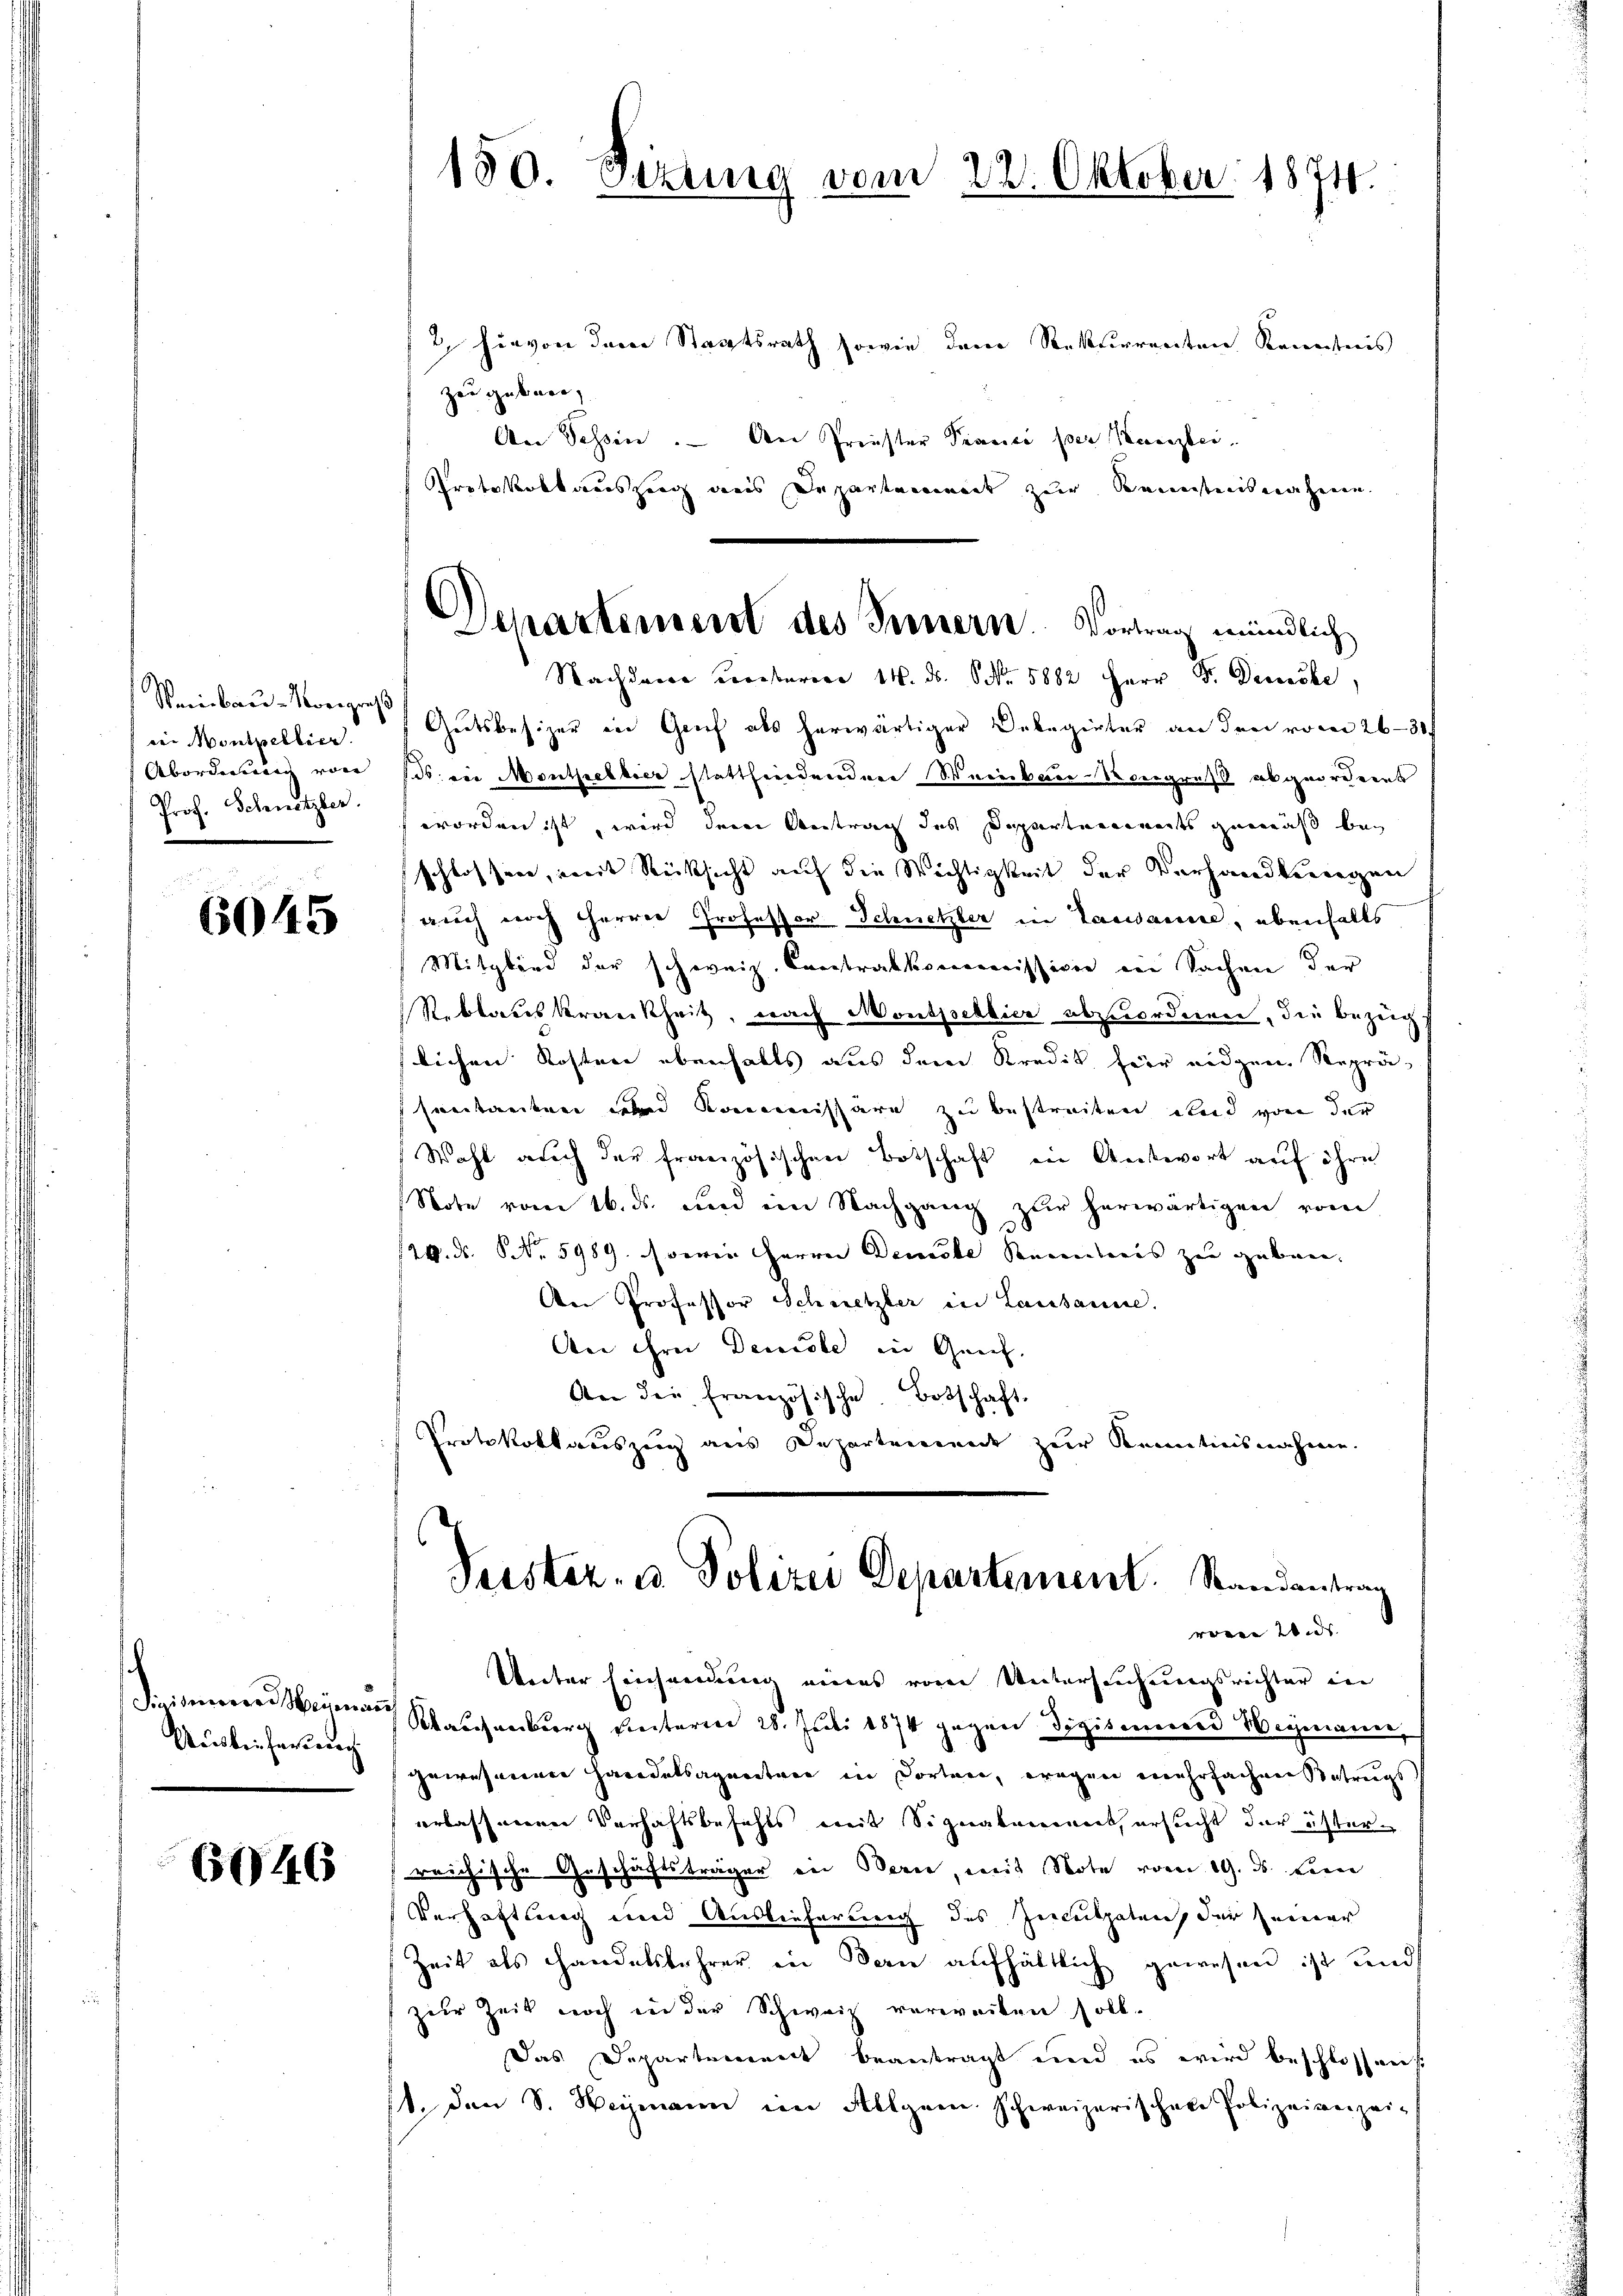
rei Montpellier.
Abordnung von
Prof. Schnetzler.

6045

Findenen Neumann
Auslieferung

6046

2, hievon dem Staatsrath sowie dem Rekurrenten Kenntnis
zu geben,
An Tessin. An Priester Transi per Kanzlei-
Protokollandszeug aus Departamiert zur Kenntnisnahme
Nachdem urbaren 14. ds. Nr. 5882 Herr F. Decke,
Weinbaŭ-Korges Gutsbesizer in Genf als herwärtiger Delegirter an den vom 26-31
136. in Monthellier stattfindenden Weinbau-Kongruß abgeordnens
worden ist, wird dem Antrag des Departenwarts gemäß bei
schlossen, mit Rücksicht auf die Wichtigkeit der Verhandlungen
auch noch Herren Professor Schnetzler in Laxwanne, ebenfalls
Mitglied der schweiz. Contralkommission in Sachen der
Reblaus krankheit, nach Montsselbier abzuordnen, die Bezug
slichen Kosten ebenfalls aus dem Kredit für eidgen Repräsomitanten und Kommissäre zu bestreiten und von der
Wahl auch der französischen Botschaft in Antwort auf ihre
Note vom 16. ds. und ein Nachgang zur herwärtigen vom
120. ds. NNo. 5989. sowie Herren Demeste Kenntnis zu geben.
An Professor Schnetzler in Lausanne.
An ihrer Deucale in Grief.
An die französische Botschaft.
Protokollauszug aus Departement zur Kenntnisnahme.

150. Sizung vom 22. Oktober 1874.

Departement des Fernern. Vortrag mündlich

Weiter Einsamung eines vom Untersuchungsrichter in
Walchreiburg ventarier 28. Juli 1874 gegen Sigisenerend Wegmann,
zeeressenen Handelsagneten in dorten, wegen mehrfachenszutrags
erlassenen Verhaftsbefehls mit Signakament, ersucht der österreichische Geschäftsträger in Bern, mit Note vom 19. ds. Len
Verhaftung und Auslieferung des Zeculpaten, der seiner
Zeit als Handelslehrer in Bern aufhältlich gewesen ist und
zur Zeit noch in der Schweiz verweiben soll.
Das Departement beantragt und es wird beschlossens
1. den S. Heimann im Allgem. Schweizerischen Polizeianzei¬

Peister- u Polizei Departement. Randantrag
rren d